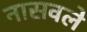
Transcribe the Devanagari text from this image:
नासवले